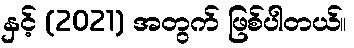
နှင့် (2021) အတွက် ဖြစ်ပါတယ်။